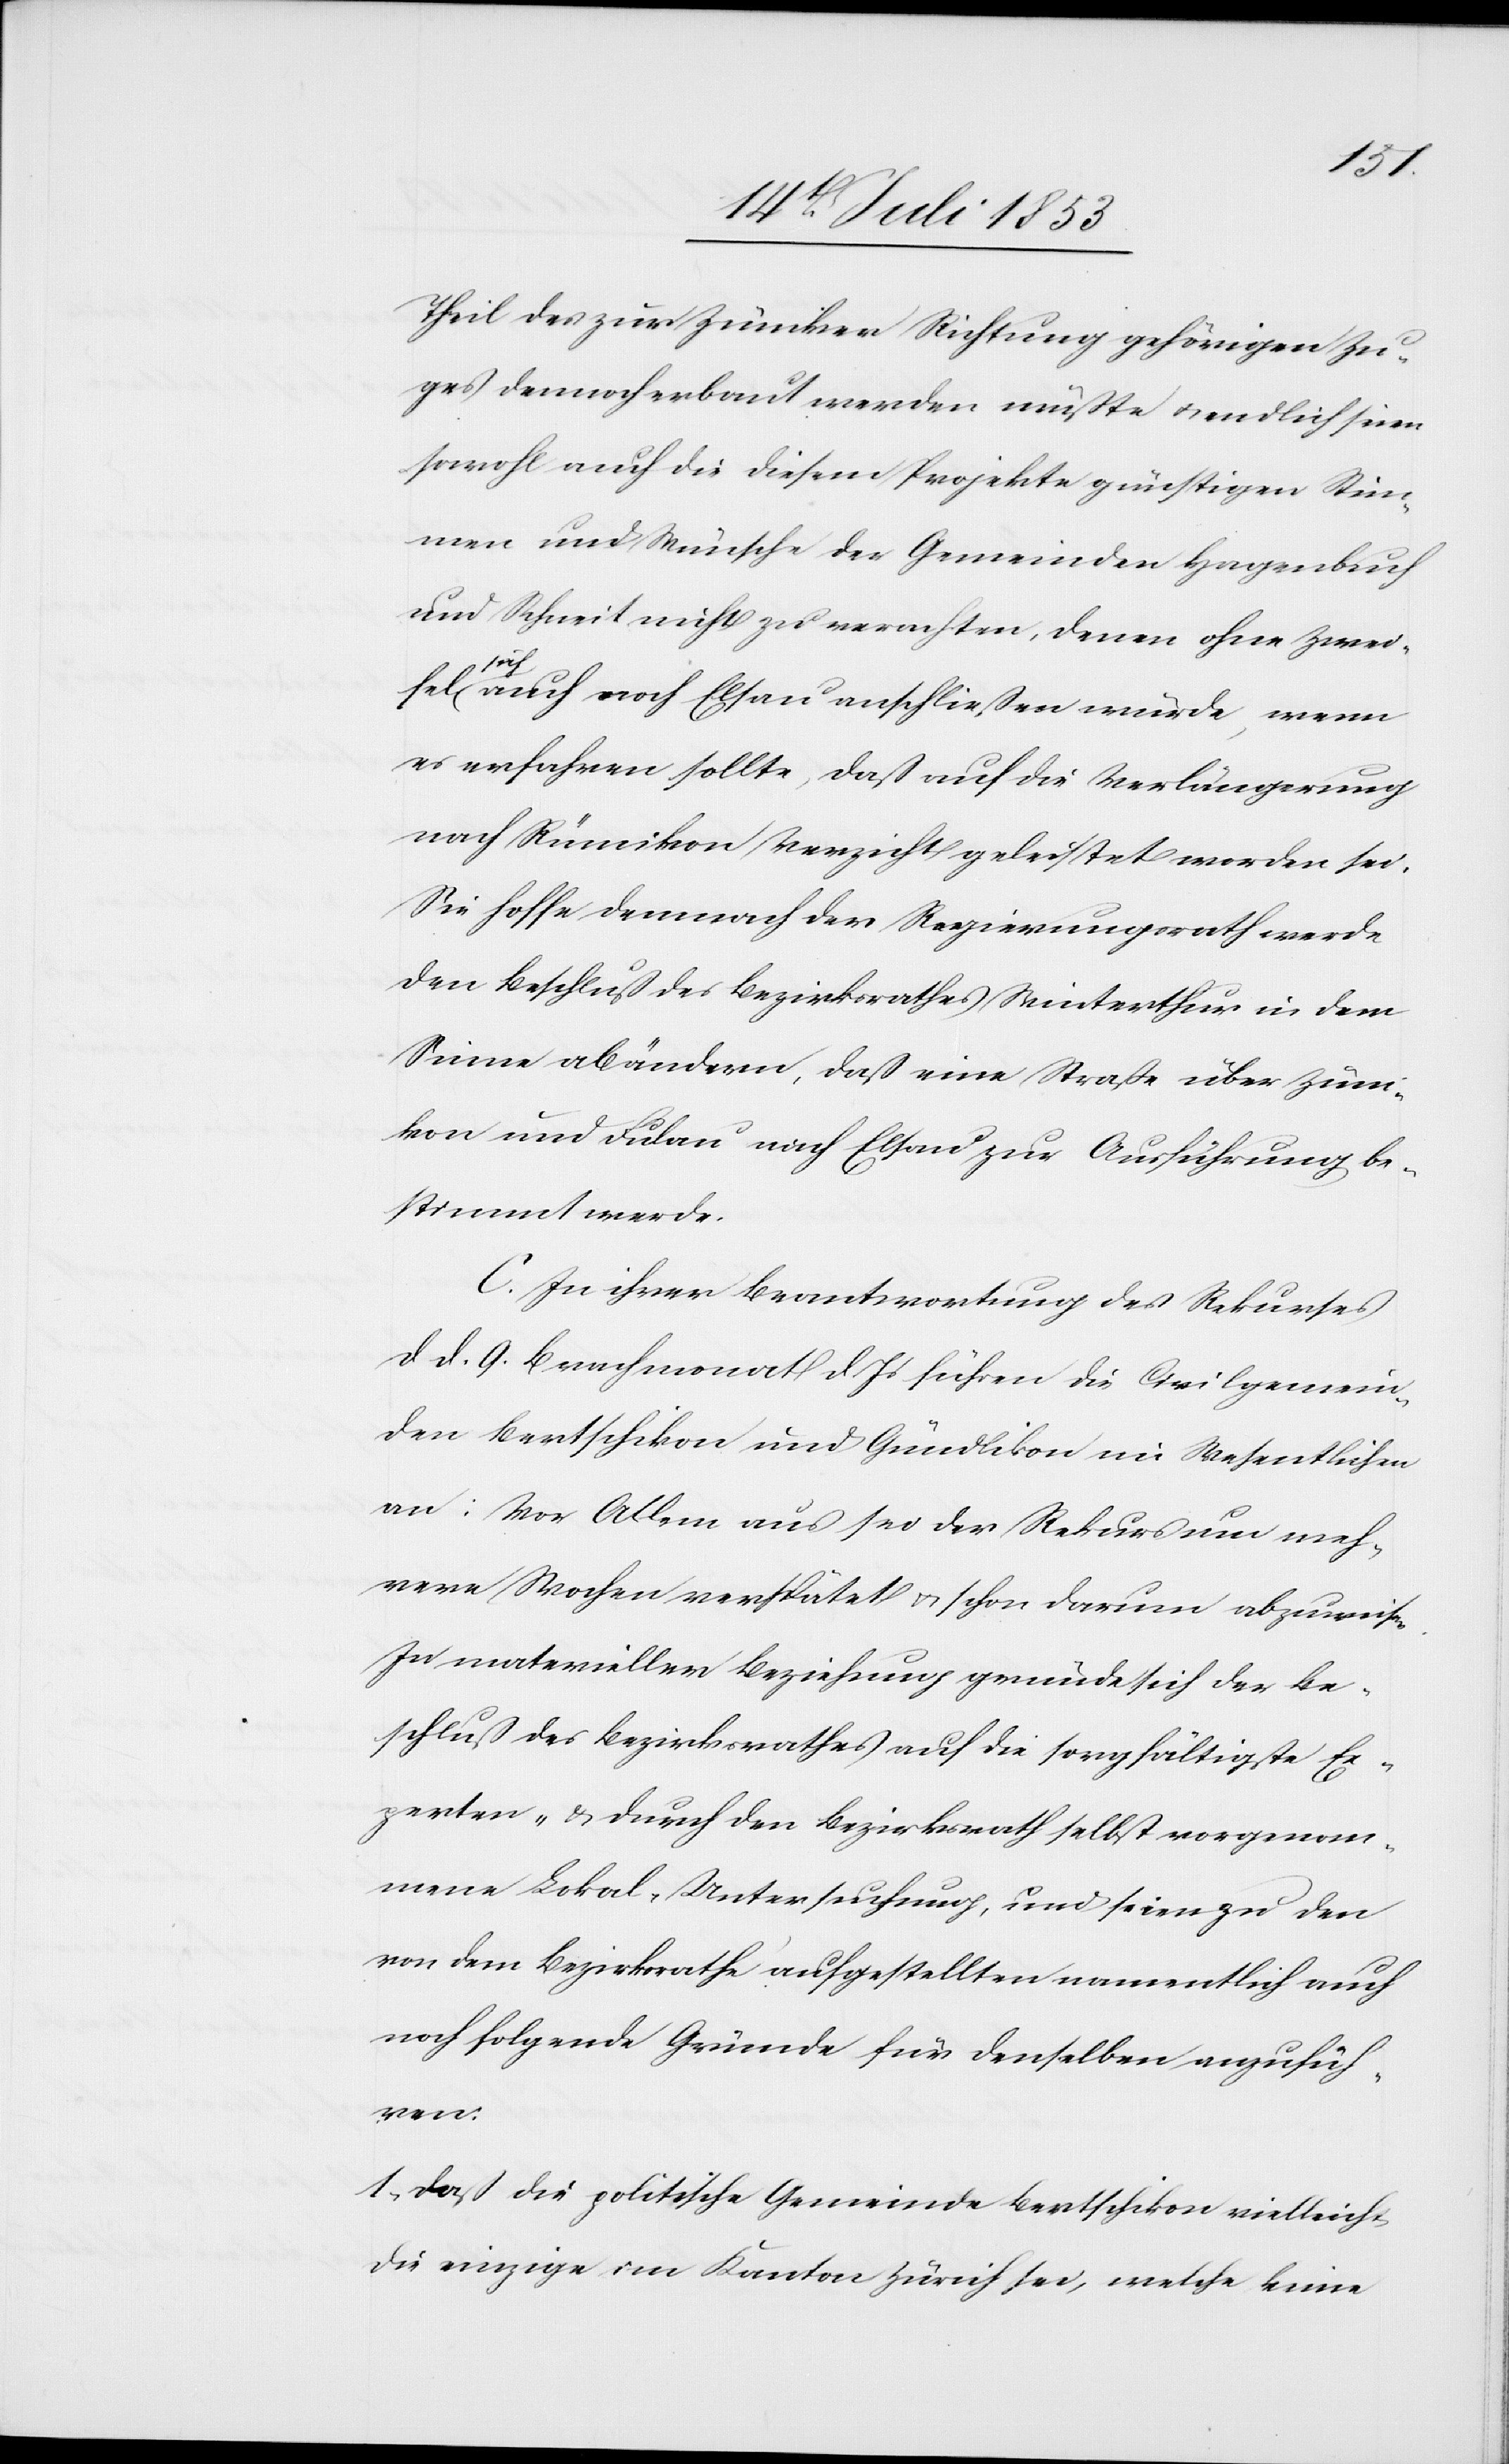
Theil des zur Zümiker Richtung gehörigen Zu¬
ges dennoch erbaut werden müßte u. endlich seien
sowohl auch die diesem Projekte günstigen Stim¬
men und Wünsche der Gemeinden Hagenbuch
und Schneit nicht zu verachten, denen ohne Zwei¬
n.
sich auch noch Elsau anschließen würde, wenn
es erfahren sollte, daß auf die Verlängerung
nach Rümikon Verzicht geleistet worden sei.
Sie hoffe demnach der Regierungsrath werde
den Beschluß des Bezirksrathes Winterthur in dem
Sinne abändern, daß eine Straße über Züm¬
ikon und Fulau nach Elsau zur Ausführung be¬
stimmt werde.
C. In ihrer Beantwortung des Rekurses
d. d. 9 Brachmonat d. Js. führen die Civilgemein¬
den Bertschikon und Gündlikon im Wesentlichen
an: Vor Allem aus sei der Rekurs um meh¬
rere Wochen verspätet u. schon darum abzuweise¬
In materieller Bezeichnung gründe sich der Be¬
schluß des Bezirksrathes auf die sorgfältigste Ex¬
perten- u. durch den Bezirksrath selbst vorgenom¬
mene Lokal-Untersuchung, und seien zu den
von dem Bezirksrathe aufgestellten namentlich auch
noch folgende Gründe für denselben anzufüh¬
ren.
1, daß die politische Gemeinde Bertschikon vielleicht
die einzige im Kanton Zürich sei, welche keine